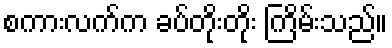
စကားလက်က ခပ်တိုးတိုး ကြိမ်းသည်။